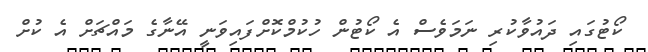
ކޯޓުގައި ދައުވާކުރި ނަމަވެސް އެ ކޯޓުން ހުކުމްކޮށްފައިވަނީ އޭނާގެ މައްޗަށް އެ ކުށް